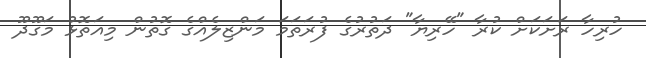
ހުރިހާ ރަށަކަށް ކުރާ "ހޭރިޔާ" ދަތުރުގެ ފުރަތަމަ މަންޒިލެއްގެ ގޮތުން މިއަތޮޅު މަގޫދޫ